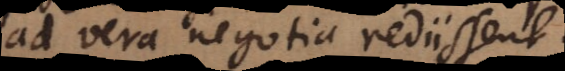
ad vera negotia rediissent.